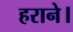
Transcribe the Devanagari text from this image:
हराने।